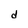
Character: d